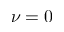
\nu = 0